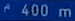
^400\mathrm{~m